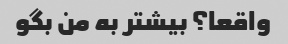
واقعا؟ بیشتر به من بگو